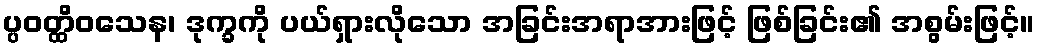
ပ္ပဝတ္ထိဝသေန၊ ဒုက္ခကို ပယ်ရှားလိုသော အခြင်းအရာအားဖြင့် ဖြစ်ခြင်း၏ အစွမ်းဖြင့်။